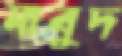
মাবুদ